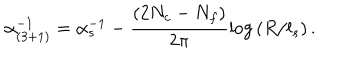
\alpha _ { ( 3 + 1 ) } ^ { - 1 } = \alpha _ { s } ^ { - 1 } - \frac { ( 2 N _ { c } - N _ { f } ) } { 2 \pi } \mathrm { l o g } \left( R / l _ { s } \right) .